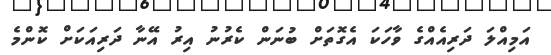
އަމިއްލަ ދަރިއެއްގެ ވާހަކަ އެގޮތަށް ބުނަން ކެރުނު އިރު އޭނާ ދަރިއަކަށް ކޮންމެ